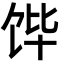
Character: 𮩛